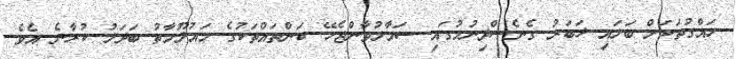
ހައްގުތަކަށް ބަލައި ޚަބަރު ގެނެސްދިނުމުގައި ސަމާލުވާންޖެހޭ ކަންތައްތަކުގެ މައުލޫމާތު ބަދަލު ކުރާނެ އެވެ.